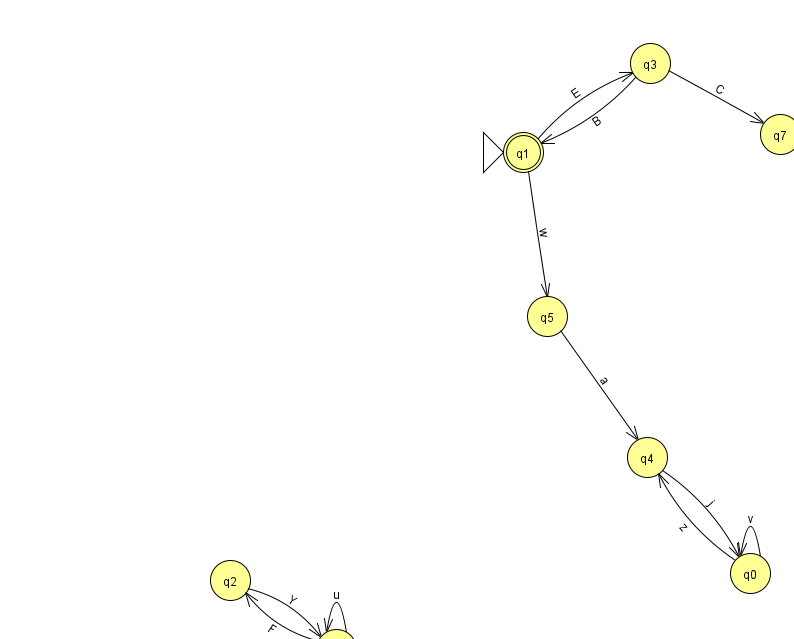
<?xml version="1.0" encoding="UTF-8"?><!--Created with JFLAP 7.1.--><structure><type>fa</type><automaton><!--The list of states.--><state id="0" name="q0"><x>750.0</x><y>560.0</y></state><state id="1" name="q1"><x>523.0</x><y>139.0</y><initial/><final/></state><state id="2" name="q2"><x>230.0</x><y>567.0</y></state><state id="3" name="q3"><x>650.0</x><y>50.0</y></state><state id="4" name="q4"><x>647.0</x><y>444.0</y></state><state id="5" name="q5"><x>547.0</x><y>303.0</y></state><state id="6" name="q6"><x>336.0</x><y>636.0</y></state><state id="7" name="q7"><x>780.0</x><y>121.0</y></state><!--The list of transitions.--><transition><from>0</from><to>4</to><read>z</read></transition><transition><from>4</from><to>0</to><read>j</read></transition><transition><from>6</from><to>2</to><read>F</read></transition><transition><from>3</from><to>1</to><read>B</read></transition><transition><from>1</from><to>3</to><read>E</read></transition><transition><from>6</from><to>6</to><read>u</read></transition><transition><from>0</from><to>0</to><read>v</read></transition><transition><from>1</from><to>5</to><read>w</read></transition><transition><from>5</from><to>4</to><read>a</read></transition><transition><from>2</from><to>6</to><read>Y</read></transition><transition><from>3</from><to>7</to><read>C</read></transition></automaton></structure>